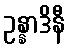
ဥန္နာဒိနီ